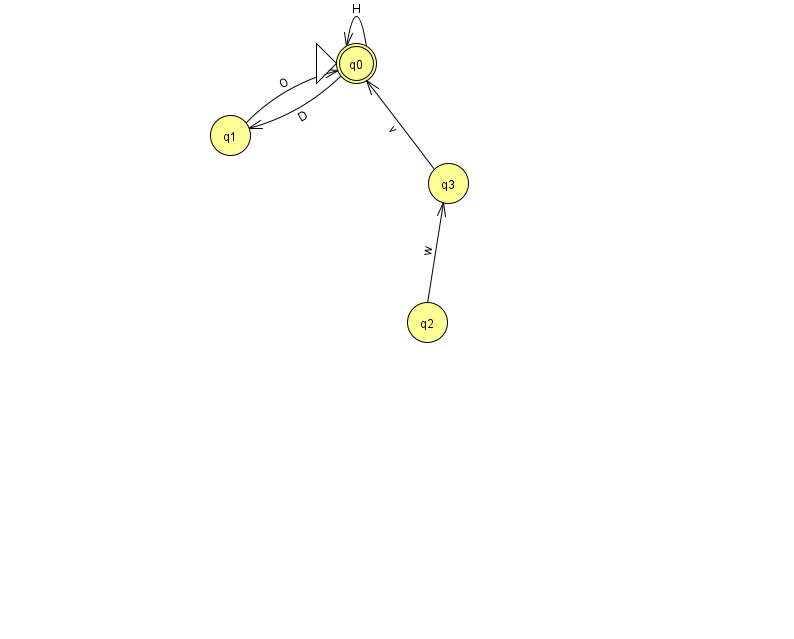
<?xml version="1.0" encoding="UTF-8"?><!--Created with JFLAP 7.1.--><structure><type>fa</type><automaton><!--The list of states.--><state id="0" name="q0"><x>356.0</x><y>50.0</y><initial/><final/></state><state id="1" name="q1"><x>230.0</x><y>122.0</y></state><state id="2" name="q2"><x>427.0</x><y>309.0</y></state><state id="3" name="q3"><x>448.0</x><y>170.0</y></state><!--The list of transitions.--><transition><from>3</from><to>0</to><read>v</read></transition><transition><from>0</from><to>1</to><read>D</read></transition><transition><from>0</from><to>0</to><read>H</read></transition><transition><from>2</from><to>3</to><read>w</read></transition><transition><from>1</from><to>0</to><read>O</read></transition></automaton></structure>